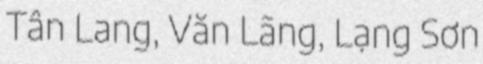
Tân Lang, Văn Lãng, Lạng Sơn